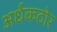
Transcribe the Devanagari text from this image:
अर्धकठोर